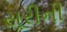
સૂરીની